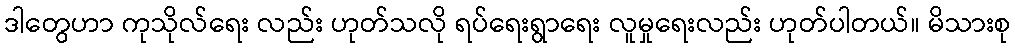
ဒါတွေဟာ ကုသိုလ်ရေး လည်း ဟုတ်သလို ရပ်ရေးရွာရေး လူမှုရေးလည်း ဟုတ်ပါတယ်။ မိသားစု